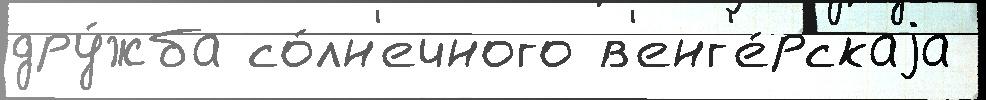
дру́жба со́лн'ечного в'енг'е́рскаjа